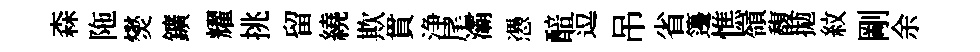
森陁爕鑛耀挑留繞欺貫浄尾灞慿醅逗吊省籩憔嶺馥拋紋剛余